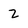
Character: Z